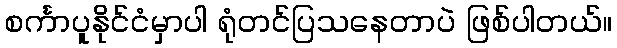
စင်္ကာပူနိုင်ငံမှာပါ ရုံတင်ပြသနေတာပဲ ဖြစ်ပါတယ်။